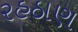
રહઠાણ